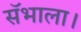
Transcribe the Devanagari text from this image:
सॅभाला।